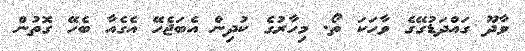
ވާދޫ ގައްދަޑުގޭގެ ވާހަކަ ތޯ. މިހާރުގެ ކުދިން އެބަޖެހޭ އެގެއާ ބެހޭ ގޮތުން